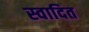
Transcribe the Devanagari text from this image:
स्वादित